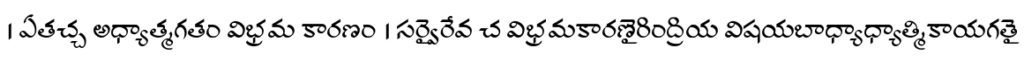
। ఏతచ్చ అధ్యాత్మగతం విభ్రమ కారణం । సర్వైరేవ చ విభ్రమకారణైరింద్రియ విషయబాధ్యాధ్యాత్మికాయగతై